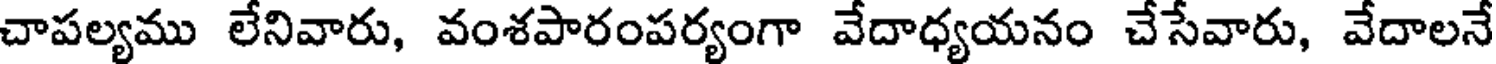
చాపల్యము లేనివారు, వంశపారంపర్యంగా వేదాధ్యయనం చేసేవారు, వేదాలనే